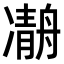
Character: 𠘒